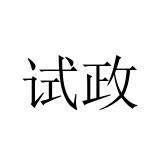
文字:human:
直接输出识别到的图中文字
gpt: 试政